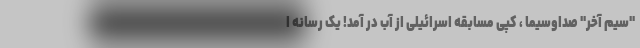
"سیم آخر" صداوسیما ، کپی مسابقه اسرائیلی از آب در آمد! یک رسانه ا